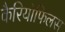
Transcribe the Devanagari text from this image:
कैरियोफिलस